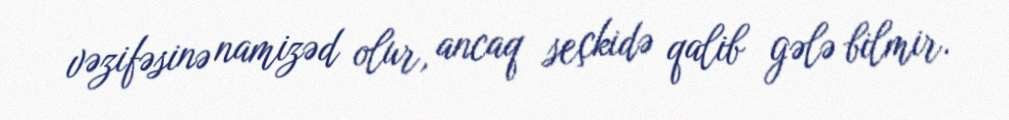
vəzifəsinə namizəd olur, ancaq seçkidə qalib gələ bilmir.